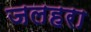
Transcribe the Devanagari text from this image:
जलहरा